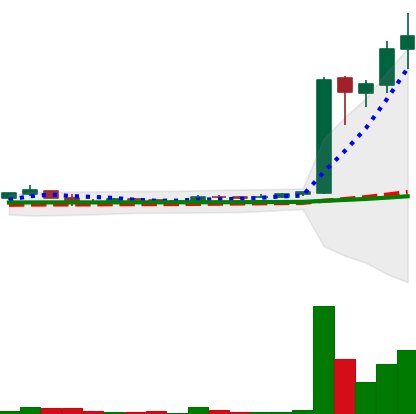
Ticker: LTC-USD
Chart end date: 2017-04-03
Forward return: 22.869%
Label: up_7plus